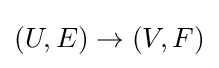
(U,E)\to (V,F)